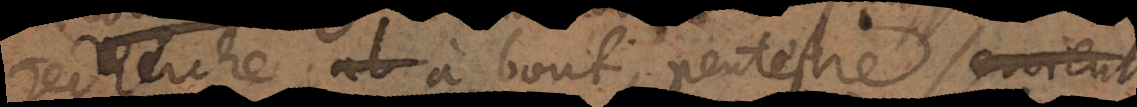
recherche à bout, peutestre pourroient